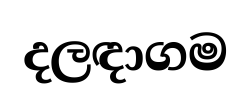
දලඳාගම